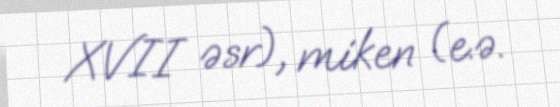
XVII əsr), miken (e.ə.